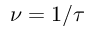
\nu = 1 / \tau